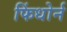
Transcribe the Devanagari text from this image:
फिंधोर्न